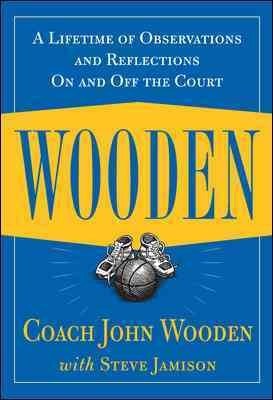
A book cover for Wooden: A Lifetime of Observations and Reflections On and Off the Court; Coach John; Jamison, Steve Wooden; Sports & Outdoors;